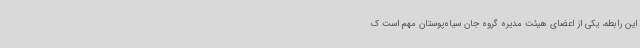
این رابطه، یکی از اعضای هیئت مدیره گروه جان سیاه‌پوستان مهم است ک